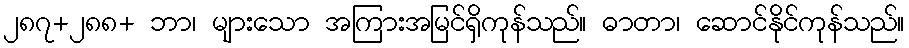
၂၈၇+၂၈၈+ ဘာ၊ များသော အကြားအမြင်ရှိကုန်သည်။ ဓာတာ၊ ဆောင်နိုင်ကုန်သည်။